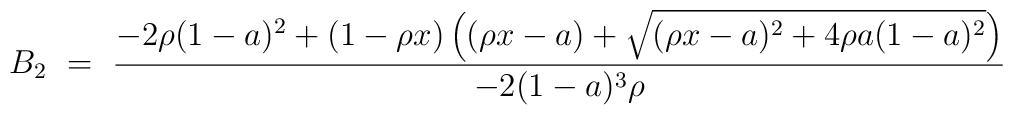
B_2\ =\ {\displaystyle {- 2 \rho (1 - a)^2+ (1 - \rho x) \left((\rho x - a) +\sqrt{(\rho x - a)^2 + 4 \rho a (1 - a)^2}\right)\over- 2 (1 - a)^3 \rho}} \nonumber